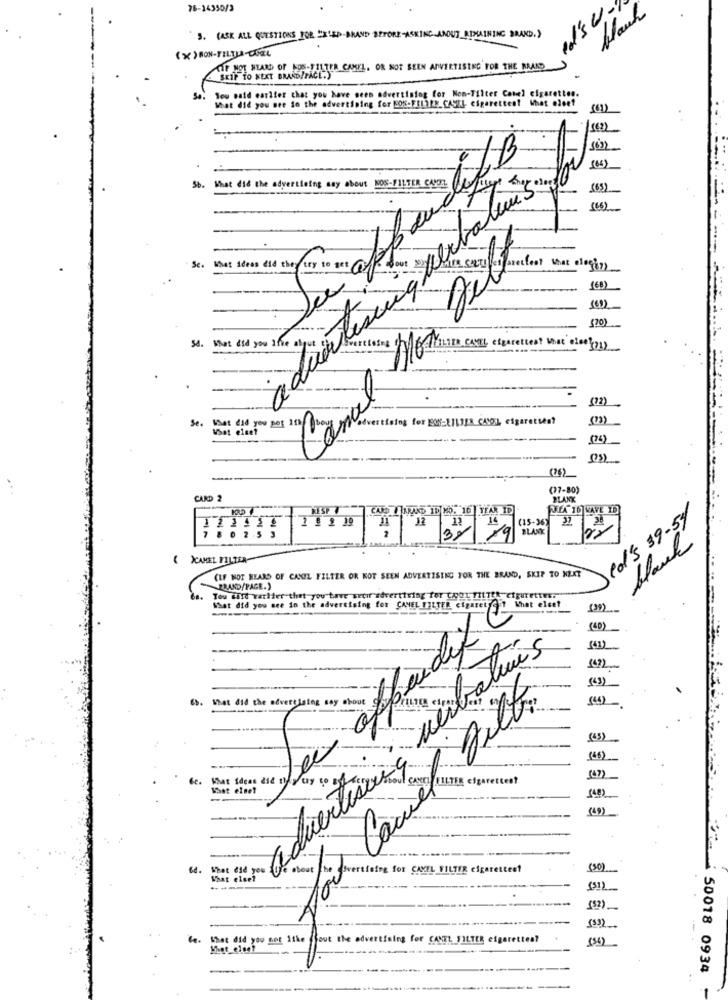
78-14350/3
blank
3. (ASK ALL QUESTIONS FOR "X"ED-BRAND BEFORE-ASKING ANOUT_REMAINING BRAND.}
KIF NOT HEARD OF NON-FILTER CAMEL, OR NOT SEEN ADVERTISING FOR THE BRAND
SKIP TO NEXT BRAND/PACE.)
Sa.
You paid earlier that you have seen advertising for Non-Filter Conel cigarettes.
What did you see in the advertising for SOS-FILTER_ CASEL cigarettest What oleet
(01)
( 66 )
(65)
What did the advertising say about NOS-FILTER CAN Buy 4.5.
(66)
Se.
are sory forclear what ologi1)
(68)
(70)
What did you Ifve
54.
AO WHITE CANTE clearettent that dler(11)
Canal
(72)
Se. What did you per 10
ertising for NOSEILJER CAVOL cigarettes?
What else?
(74)
(77-80
CARD 2
PLANK
AREA 16 KAVE ID]
cd's 39-54
12
(15-36)
37 /9 BLANK
black
( )CAMEL FILTER
(IF NOT HEARD OF CANTL FILTER OR NOT SEEN ADVERTISING FOR THE BRAND, SKIP TO NEXT
ZRAND/PAGE.)
Tou wild warhier thet you tave seoir advertising for (AOL FILTER cigarettes:"
What did you see in the advertising for CAMEL FILTER cigaretff' that elect
(39)
(40)
(41)
( 63)
6b. What did the advertising soy shout
advertiseia nervo
four Came fille
(45)
(46)
6c. What ideas did they try
What else?
Ed. What did you
(30)
What else?
-----
(91)
(52)_
Ce. that did you not like
Sout the adver
tising for CANEL FILTER cigarettes?
f. 50018 0934